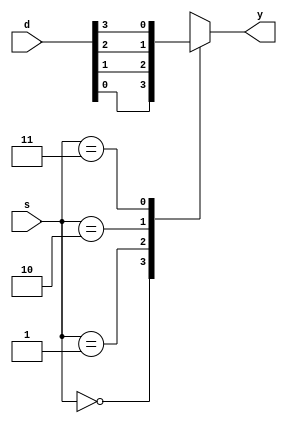
`timescale 1ns / 1ps
//////////////////////////////////////////////////////////////////////////////////
// Company: 
// Engineer: 
// 
// Design Name: 
// Module Name: mux_4to1
// Project Name: 
// Target Devices: 
// Tool Versions: 
// Description: 
// 
// Dependencies: 
// 
// Revision:
// Revision 0.01 - File Created
// Additional Comments:
// 
//////////////////////////////////////////////////////////////////////////////////


module mux_4to1(
    input [3:0] d,
    input [1:0] s,
    output reg y
    );
    always@(*)
    begin
    case(s)
   2'b00:y=d[0];
   2'b01:y=d[1];
   2'b10:y=d[2];
   2'b11:y=d[3];
    endcase
    end
endmodule